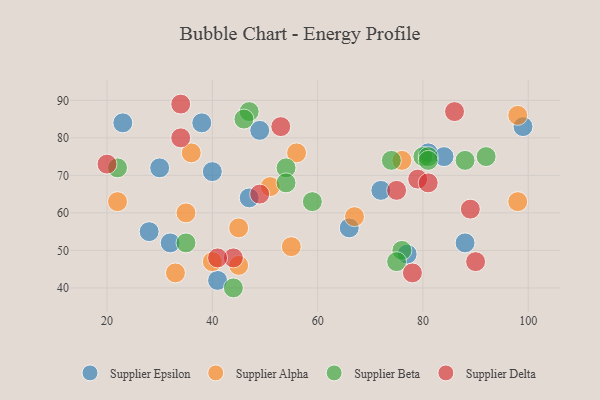
{"axis": {"x": "GDP", "y": "Life Expectancy"}, "legend": ["Supplier Alpha", "Supplier Beta", "Supplier Delta", "Supplier Epsilon"], "data": [{"x": "81", "y": 76, "type": "Supplier Epsilon"}, {"x": "23", "y": 84, "type": "Supplier Epsilon"}, {"x": "32", "y": 52, "type": "Supplier Epsilon"}, {"x": "99", "y": 83, "type": "Supplier Epsilon"}, {"x": "40", "y": 71, "type": "Supplier Epsilon"}, {"x": "88", "y": 52, "type": "Supplier Epsilon"}, {"x": "30", "y": 72, "type": "Supplier Epsilon"}, {"x": "84", "y": 75, "type": "Supplier Epsilon"}, {"x": "77", "y": 49, "type": "Supplier Epsilon"}, {"x": "28", "y": 55, "type": "Supplier Epsilon"}, {"x": "66", "y": 56, "type": "Supplier Epsilon"}, {"x": "72", "y": 66, "type": "Supplier Epsilon"}, {"x": "47", "y": 64, "type": "Supplier Epsilon"}, {"x": "38", "y": 84, "type": "Supplier Epsilon"}, {"x": "41", "y": 42, "type": "Supplier Epsilon"}, {"x": "49", "y": 82, "type": "Supplier Epsilon"}, {"x": "76", "y": 74, "type": "Supplier Alpha"}, {"x": "35", "y": 60, "type": "Supplier Alpha"}, {"x": "22", "y": 63, "type": "Supplier Alpha"}, {"x": "33", "y": 44, "type": "Supplier Alpha"}, {"x": "40", "y": 47, "type": "Supplier Alpha"}, {"x": "56", "y": 76, "type": "Supplier Alpha"}, {"x": "98", "y": 63, "type": "Supplier Alpha"}, {"x": "98", "y": 86, "type": "Supplier Alpha"}, {"x": "51", "y": 67, "type": "Supplier Alpha"}, {"x": "45", "y": 56, "type": "Supplier Alpha"}, {"x": "45", "y": 46, "type": "Supplier Alpha"}, {"x": "67", "y": 59, "type": "Supplier Alpha"}, {"x": "36", "y": 76, "type": "Supplier Alpha"}, {"x": "55", "y": 51, "type": "Supplier Alpha"}, {"x": "80", "y": 75, "type": "Supplier Beta"}, {"x": "88", "y": 74, "type": "Supplier Beta"}, {"x": "44", "y": 40, "type": "Supplier Beta"}, {"x": "47", "y": 87, "type": "Supplier Beta"}, {"x": "92", "y": 75, "type": "Supplier Beta"}, {"x": "54", "y": 72, "type": "Supplier Beta"}, {"x": "76", "y": 50, "type": "Supplier Beta"}, {"x": "22", "y": 72, "type": "Supplier Beta"}, {"x": "75", "y": 47, "type": "Supplier Beta"}, {"x": "81", "y": 75, "type": "Supplier Beta"}, {"x": "46", "y": 85, "type": "Supplier Beta"}, {"x": "59", "y": 63, "type": "Supplier Beta"}, {"x": "74", "y": 74, "type": "Supplier Beta"}, {"x": "54", "y": 68, "type": "Supplier Beta"}, {"x": "81", "y": 74, "type": "Supplier Beta"}, {"x": "35", "y": 52, "type": "Supplier Beta"}, {"x": "79", "y": 69, "type": "Supplier Delta"}, {"x": "90", "y": 47, "type": "Supplier Delta"}, {"x": "81", "y": 68, "type": "Supplier Delta"}, {"x": "20", "y": 73, "type": "Supplier Delta"}, {"x": "53", "y": 83, "type": "Supplier Delta"}, {"x": "44", "y": 48, "type": "Supplier Delta"}, {"x": "86", "y": 87, "type": "Supplier Delta"}, {"x": "34", "y": 89, "type": "Supplier Delta"}, {"x": "75", "y": 66, "type": "Supplier Delta"}, {"x": "34", "y": 80, "type": "Supplier Delta"}, {"x": "78", "y": 44, "type": "Supplier Delta"}, {"x": "89", "y": 61, "type": "Supplier Delta"}, {"x": "49", "y": 65, "type": "Supplier Delta"}, {"x": "41", "y": 48, "type": "Supplier Delta"}]}